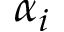
\alpha _ { i }